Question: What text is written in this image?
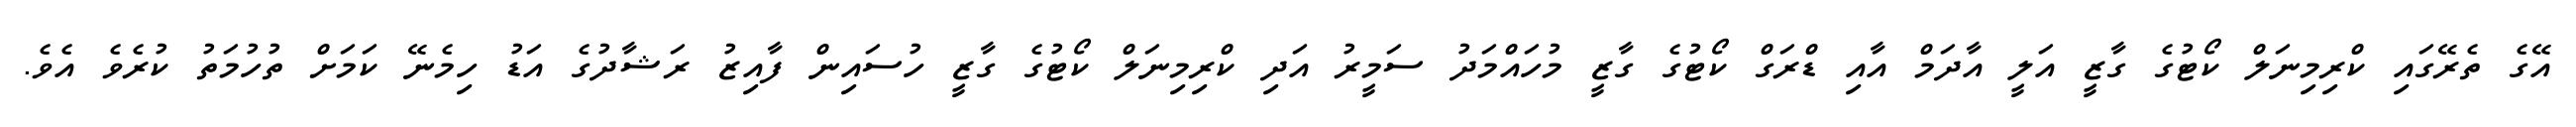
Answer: އޭގެ ތެރޭގައި ކްރިމިނަލް ކޯޓުގެ ގާޒީ އަލީ އާދަމް އާއި ޑްރަގް ކޯޓުގެ ގާޒީ މުހައްމަދު ސަމީރު އަދި ކްރިމިނަލް ކޯޓުގެ ގާޒީ ހުސައިން ފާއިޒު ރަޝާދުގެ އަޑު ހިމެނޭ ކަމަށް ތުހުމަތު ކުރެވެ އެވެ.